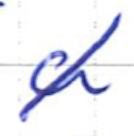
Text: a
Cross-out: diagonal
Writing tool: ballpoint